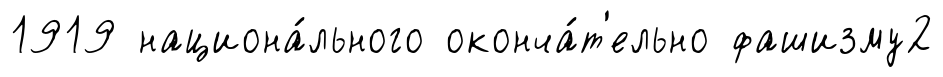
1919 национа́льного оконча́т'ельно фашизму2